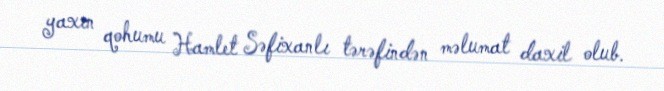
yaxın qohumu Hamlet Səfixanlı tərəfindən məlumat daxil olub.